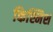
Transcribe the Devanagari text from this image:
किश्मिश